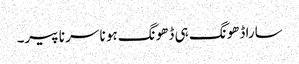
سارا ڈھونگ ہی ڈھونگ ہو نا سر نا پیر۔